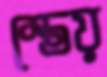
স্তেয়